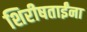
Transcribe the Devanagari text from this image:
शिरीषताईंना